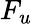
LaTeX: F_{u}